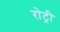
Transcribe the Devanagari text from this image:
रोट्री